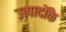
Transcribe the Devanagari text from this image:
उत्पादोंके